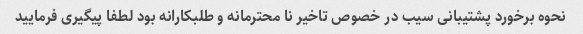
نحوه برخورد پشتیبانی سیب در خصوص تاخیر نا محترمانه و طلبکارانه بود لطفا پیگیری فرمایید